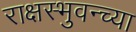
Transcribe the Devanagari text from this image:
राक्षस्भुवन्च्या